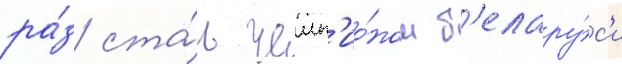
ра́з ста́л чемп'ио́ном б'елару́с'и